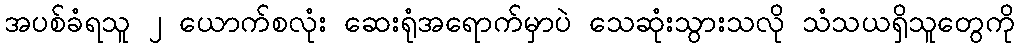
အပစ်ခံရသူ ၂ ယောက်စလုံး ဆေးရုံအရောက်မှာပဲ သေဆုံးသွားသလို သံသယရှိသူတွေကို